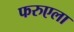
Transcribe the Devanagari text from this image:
फरुएला